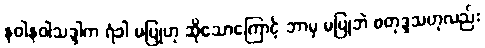
နဝါနဝါသဒ္ဒါက ရံခါ မပြုဟု ဆိုသောကြောင့် ဘာမှ မပြုဘဲ စတုဒ္ဒသဟုလည်း